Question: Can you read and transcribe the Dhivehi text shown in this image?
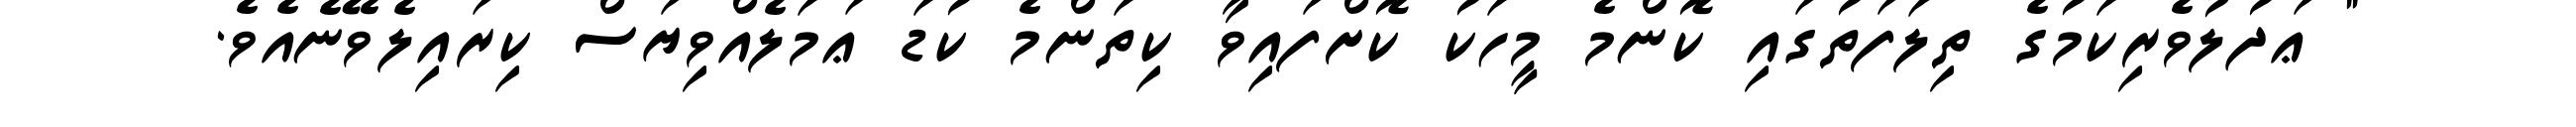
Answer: " ޢަދުލުވެރިކަމުގެ ތިލަފަތުގައި ކޮންމެ މީހަކު ކޮށްފައިވާ ކިތަންމެ ކުޑަ ޢަމަލެއްވިޔަސް ކިރައިލެވޭނެއެވެ.